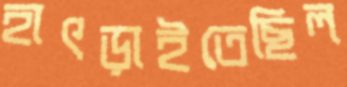
হাৎড়াইতেছিল